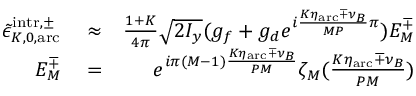
\begin{array} { r l r } { \tilde { \epsilon } _ { K , 0 , \mathrm { a r c } } ^ { \mathrm { i n t r } , \pm } } & { { } \approx } & { \frac { 1 + K } { 4 \pi } \sqrt { 2 I _ { y } } ( g _ { f } + g _ { d } e ^ { i \frac { K \eta _ { \mathrm { a r c } } \mp \nu _ { B } } { M P } \pi } ) E _ { M } ^ { \mp } } \\ { E _ { M } ^ { \mp } } & { { } = } & { e ^ { i \pi ( M - 1 ) \frac { K \eta _ { \mathrm { a r c } } \mp \nu _ { B } } { P M } } \zeta _ { M } ( \frac { K \eta _ { \mathrm { a r c } } \mp \nu _ { B } } { P M } ) } \end{array}